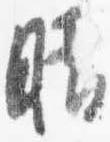
晴